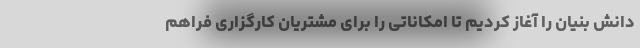
دانش بنیان را آغاز کردیم تا امکاناتی را برای مشتریان کارگزاری فراهم